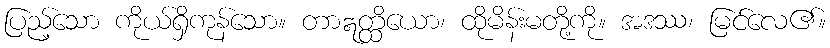
ပြည့်သော ကိုယ်ရှိကုန်သော။ တာဣတ္ထိယော၊ ထိုမိန်းမတို့ကို။ အဒဿ၊ မြင်လေ၏။